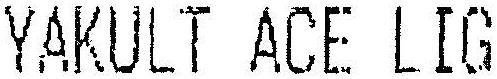
YAKULT ACE LIG